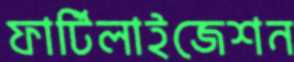
ফার্টিলাইজেশন